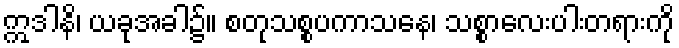
ဣဒါနိ၊ ယခုအခါ၌။ စတုသစ္စပကာသနေ၊ သစ္စာလေးပါးတရားကို